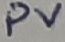
Text: PV